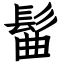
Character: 髷